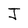
Character: J